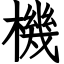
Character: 機